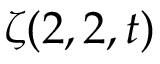
\zeta ( 2 , 2 , t )